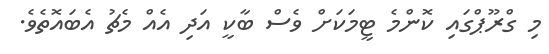
މި ގްރޫޕްގައި ކޮންމެ ޓީމަކަށް ވެސް ބާކީ އަދި އެއް މެޗު އެބައޮތެވެ.